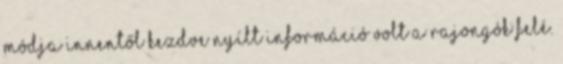
módja innentől kezdve nyílt információ volt a rajongók felé.